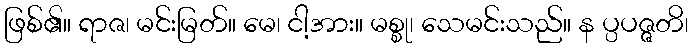
ဖြစ်၏။ ရာဇ၊ မင်းမြတ်။ မေ၊ ငါ့အား။ မစ္စု၊ သေမင်းသည်။ န ပ္ပပဇ္ဇတိ၊